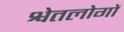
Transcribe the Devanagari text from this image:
श्वेतलोगों